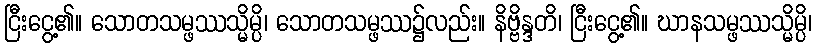
ငြီးငွေ့၏။ သောတသမ္ဖဿသ္မိမ္ပိ၊ သောတသမ္ဖဿ၌လည်း။ နိဗ္ဗိန္ဒတိ၊ ငြီးငွေ့၏။ ဃာနသမ္ဖဿသ္မိမ္ပိ၊